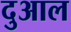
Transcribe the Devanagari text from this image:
दुआल